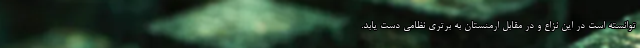
توانسته‌ است در این نزاع و در مقابل ارمنستان به برتری نظامی دست یابد.